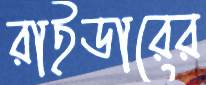
রাইডারের